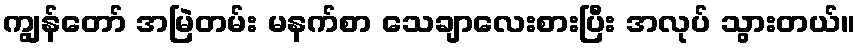
ကျွန်တော် အမြဲတမ်း မနက်စာ သေချာလေးစားပြီး အလုပ် သွားတယ်။